Annual report of the Madras Medical College
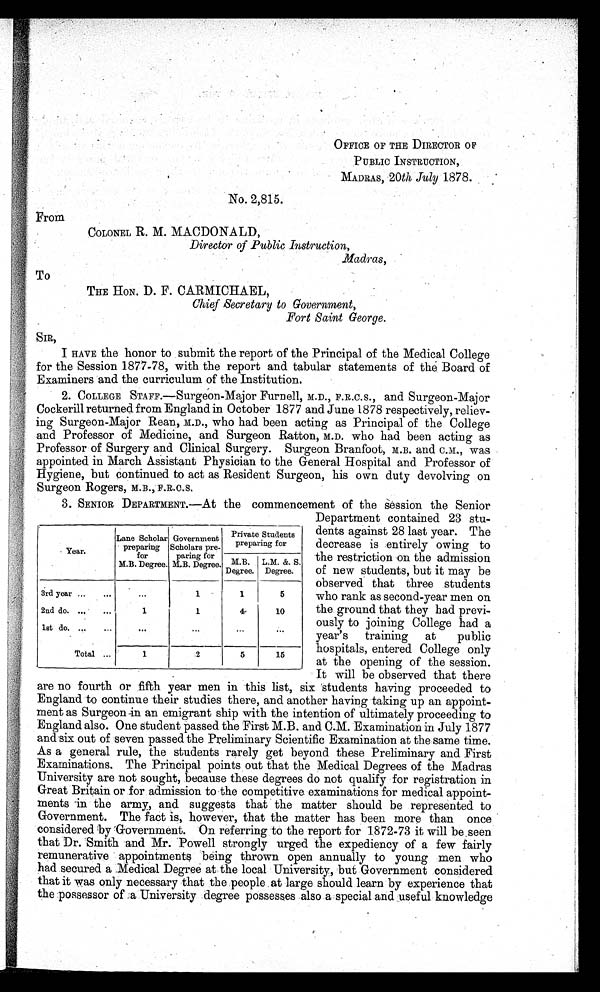
OFFICE OF THE DIRECTOR OF
PUBLIC INSTRUCTION,
MADRAS, 20th July 1878.
No. 2,815.
From
COLONEL R. M. MACDONALD,
Director of Public Instruction,
Madras,
To
THE HON. D. F. CARMICHAEL,
Chief Secretary to Government,
Fort Saint George.
SIR,
I HAVE the honor to submit the report of the Principal of the Medical College
for the Session 1877-78, with the report and tabular statements of the Board of
Examiners and the curriculum of the Institution.
2. COLLEGE STAFF.—Surgeon-Major Furnell, M.D., F.R.C.S., and Surgeon-Major
Cockerill returned from England in October 1877 and June 1878 respectively, reliev-
ing Surgeon-Major Rean, M.D., who had been acting as Principal of the College
and Professor of Medicine, and Surgeon Ratton, M.D. who had been acting as
Professor of Surgery and Clinical Surgery. Surgeon Branfoot, M.B. and C.M., was
appointed in March Assistant Physician to the General Hospital and Professor of
Hygiene, but continued to act as Resident Surgeon, his own duty devolving on
Surgeon Rogers, M.B., F.R.C.S.
3. SENIOR DEPARTMENT.—At the commencement of the session the Senior
Department contained 23 stu-
dents against 28 last year. The
decrease is entirely owing to
the restriction on the admission
of new students, but it may be
observed that three students
who rank as second-year men on
the ground that they had previ-
ously to joining College had a
year's training at public
hospitals, entered College only
at the opening of the session.
It will be observed that there
are no fourth or fifth year men in this list, six students having proceeded to
England to continue their studies there, and another having taking up an appoint-
ment as Surgeon in an emigrant ship with the intention of ultimately proceeding to
England also. One student passed the First M.B. and C.M. Examination in July 1877
and six out of seven passed the Preliminary Scientific Examination at the same time.
As a general rule, the students rarely get beyond these Preliminary and First
Examinations. The Principal points out that the Medical Degrees of the Madras
University are not sought, because these degrees do not qualify for registration in
Great Britain or for admission to the competitive examinations for medical appoint-
ments in the army, and suggests that the matter should be represented to
Government. The fact is, however, that the matter has been more than once
considered by Government. On referring to the report for 1872-73 it will be seen
that Dr. Smith and Mr. Powell strongly urged the expediency of a few fairly
remunerative appointments being thrown open annually to young men who
had secured a Medical Degree at the local University, but Government considered
that it was only necessary that the people at large should learn by experience that
the possessor of a University degree possesses also a special and useful knowledge
Year.
Lane Scholar
preparing
for
M.B. Degree.
Government
Scholars pre-
paring for
M.B. Degree.
Private Students
preparing for
M.B.
Degree.
L.M. &. S.
Degree.
3rd year ...
..
...
1
1
5
2nd do.
1
1
4
10
1st do.
...
. . .
...
. . .
. . .
Total ...
1
2
5
15